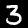
Digit: 3